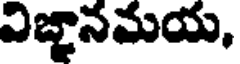
విజ్ఞానమయ,